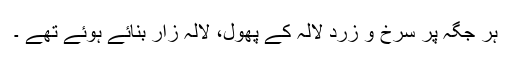
ہر جگہ پر سرخ و زرد لالہ کے پھول، لالہ زار بنائے ہوئے تھے ۔